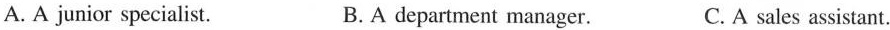
A. A junior specialist. B. A department manager. C. A sales assistant.